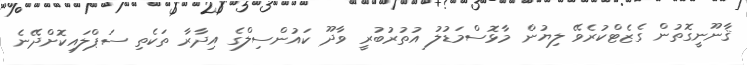
ޤާނޫނީގޮތުން ގެޒެޓްކުރެވޭ ލިޔުން މާޅޮސްމަޑުލު އުތުރުބުރީ ވާދޫ ކައުންސިލްގެ އިދާރާ ތަކެތި ސަޕްލައިކޮށްދޭނެ